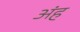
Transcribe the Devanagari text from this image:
अंह